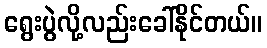
ရွေးပွဲလို့လည်းခေါ်နိုင်တယ်။